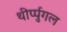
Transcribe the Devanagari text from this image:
थीर्प्पुगल